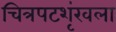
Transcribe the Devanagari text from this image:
चित्रपटशृंखला